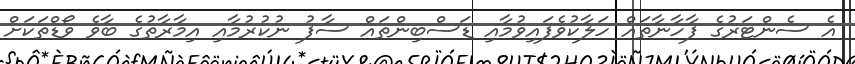
އެ ސެންޓަރުގެ ފާހާނާތައް ހަލާކުވެފައިވުމާއި ޑަސްބިންތައް ސާފު ނުކުރުމާއި އިމާރާތުގެ ބާވެ ވޯޑްތަކަށް